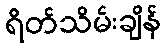
ရိတ်သိမ်းချိန်